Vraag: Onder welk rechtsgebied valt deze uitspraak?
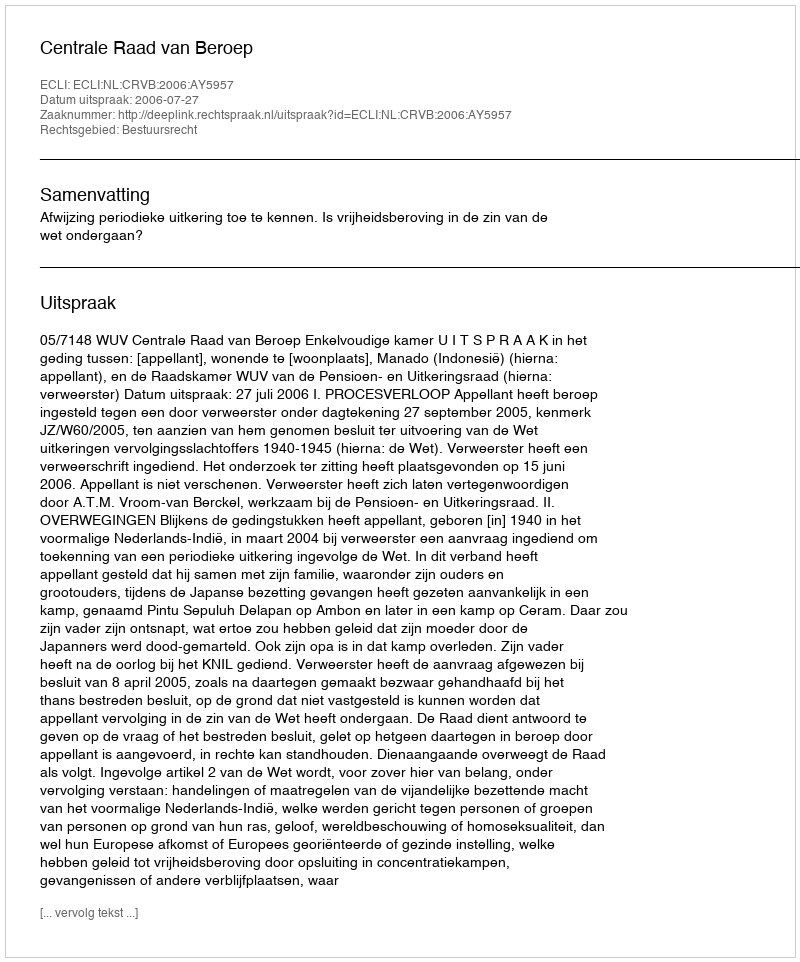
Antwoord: Bestuursrecht